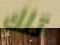
تلك